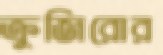
ক্রুজিরোর